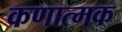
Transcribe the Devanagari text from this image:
कणात्मक